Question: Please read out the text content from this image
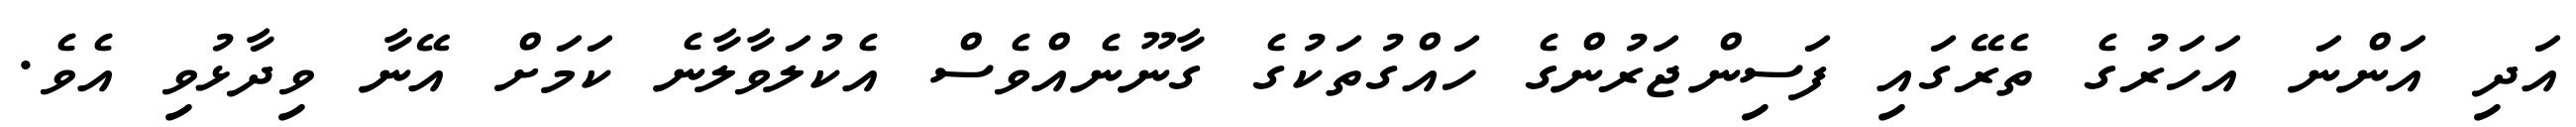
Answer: އަދި އަންނަ އަހަރުގެ ތެރޭގައި ފަސިންޖަރުންގެ ހައްގުތަކުގެ ގާނޫނެއްވެސް އެކުލަވާލާނެ ކަމަށް އޭނާ ވިދާޅުވި އެވެ.